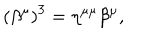
\left( \beta ^ { \mu } \right) ^ { 3 } = \eta ^ { \mu \mu } \beta ^ { \mu } ,